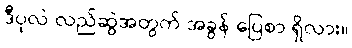
ဒီပုလဲ လည်ဆွဲအတွက် အခွန် ပြေစာ ရှိလား။